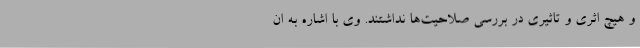
و هیچ اثری و تاثیری در بررسی صلاحیت‌ها نداشتند. وی با اشاره به ان